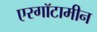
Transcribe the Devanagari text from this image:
एरगॉटामीन